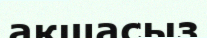
ақшасыз